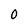
Character: 0